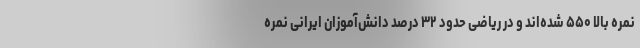
نمره بالا ۵۵۰ شده‌اند و در ریاضی حدود ۳۲ درصد دانش‌آموزان ایرانی نمره